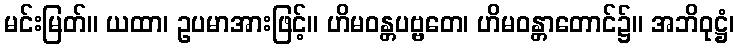
မင်းမြတ်။ ယထာ၊ ဥပမာအားဖြင့်။ ဟိမဝန္တပဗ္ဗတေ၊ ဟိမဝန္တာတောင်၌။ အဘိဝုဋ္ဌံ၊